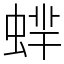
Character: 蝆